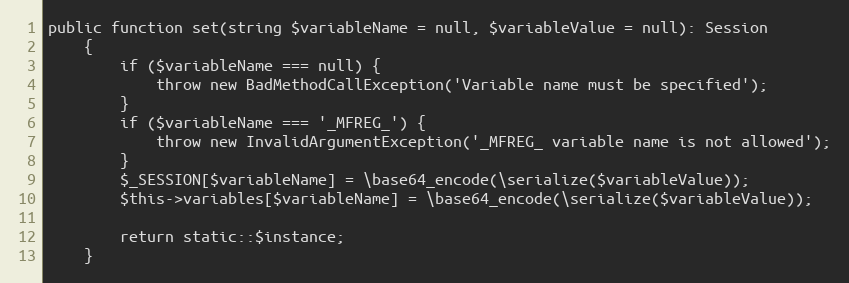
Language: PHP
public function set(string $variableName = null, $variableValue = null): Session
    {
        if ($variableName === null) {
            throw new BadMethodCallException('Variable name must be specified');
        }
        if ($variableName === '_MFREG_') {
            throw new InvalidArgumentException('_MFREG_ variable name is not allowed');
        }
        $_SESSION[$variableName] = \base64_encode(\serialize($variableValue));
        $this->variables[$variableName] = \base64_encode(\serialize($variableValue));

        return static::$instance;
    }